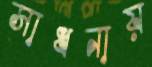
সাধনায়